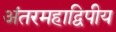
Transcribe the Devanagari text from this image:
अंतरमहाद्विपीय